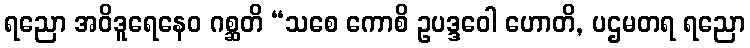
ရညော အဝိဒူရေနေဝ ဂစ္ဆတိ “သစေ ကောစိ ဥပဒ္ဒဝေါ ဟောတိ, ပဌမတရ ရညော